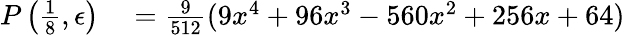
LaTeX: \begin{array}{rl}{P\left(\frac{1}{8},\epsilon\right)}&{{}=\frac{9}{512}(9x^{4}+96x^{3}-560x^{2}+256x+64)}\end{array}